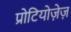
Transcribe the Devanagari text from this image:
प्रोटियोज़ेज़